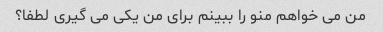
من می خواهم منو را ببینم برای من یکی می گیری لطفا؟